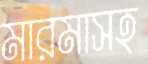
মারমাসহ